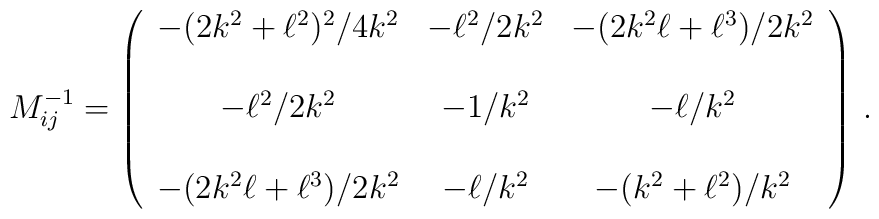
M^{-1}_{ij} =\left(\begin{array}{ccc}-(2k^{2}+\ell^{2})^{2}/4k^{2} & -\ell^{2}/2k^{2} &-(2k^{2}\ell+\ell^{3})/2k^{2} \\& & \\-\ell^{2}/2k^{2} & -1/k^{2} & -\ell/k^{2} \\& & \\-(2k^{2}\ell+\ell^{3})/2k^{2} & -\ell/k^{2} & -(k^{2}+\ell^{2})/k^{2} \\\end{array}\right) \, .